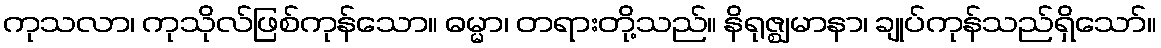
ကုသလာ၊ ကုသိုလ်ဖြစ်ကုန်သော။ ဓမ္မာ၊ တရားတို့သည်။ နိရုဇ္ဈမာနာ၊ ချုပ်ကုန်သည်ရှိသော်။